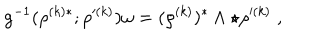
g ^ { - 1 } ( \rho ^ { ( k ) * } ; \rho ^ { \prime ( k ) } ) \omega = ( \rho ^ { ( k ) } ) ^ { * } \wedge \star \rho ^ { \prime ( k ) } \; ,